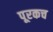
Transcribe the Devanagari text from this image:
पूरकच